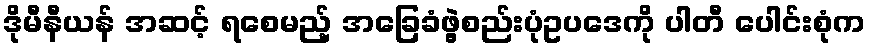
ဒိုမီနီယန် အဆင့် ရစေမည့် အခြေခံဖွဲ့စည်းပုံဥပဒေကို ပါတီ ပေါင်းစုံက